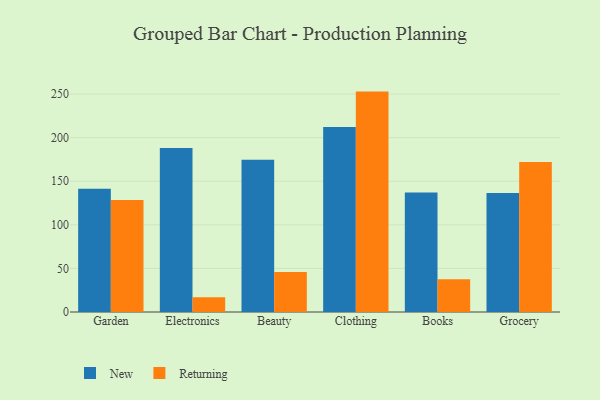
{"axis": {"x": "Category", "y": "Headcount"}, "legend": ["New", "Returning"], "data": [{"x": "Garden", "y": 141.5, "type": "New"}, {"x": "Garden", "y": 128.5, "type": "Returning"}, {"x": "Electronics", "y": 188.0, "type": "New"}, {"x": "Electronics", "y": 17.0, "type": "Returning"}, {"x": "Beauty", "y": 174.6, "type": "New"}, {"x": "Beauty", "y": 45.8, "type": "Returning"}, {"x": "Clothing", "y": 212.3, "type": "New"}, {"x": "Clothing", "y": 252.8, "type": "Returning"}, {"x": "Books", "y": 137.0, "type": "New"}, {"x": "Books", "y": 37.5, "type": "Returning"}, {"x": "Grocery", "y": 136.4, "type": "New"}, {"x": "Grocery", "y": 172.1, "type": "Returning"}]}